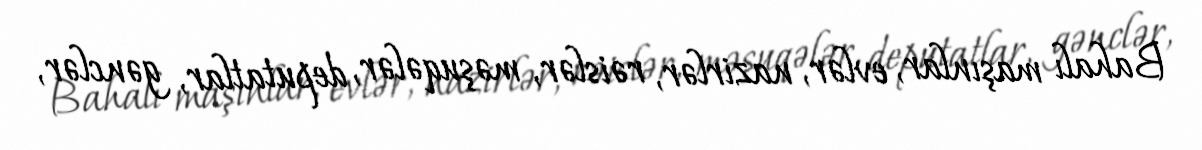
Bahalı maşınlar, evlər, nazirlər, rəislər, məşuqələr, deputatlar, gənclər,